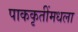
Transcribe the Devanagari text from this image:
पाककृतींमधला